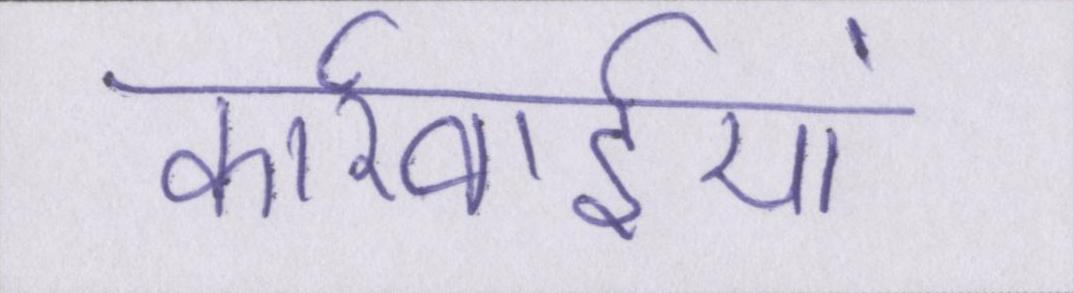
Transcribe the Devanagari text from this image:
कार्रवाईयां